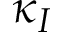
\kappa _ { I }